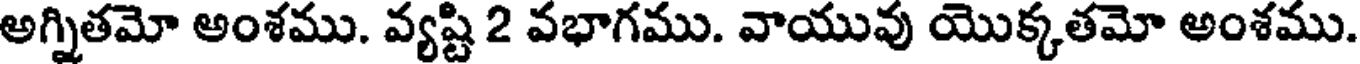
అగ్నితమో అంశము. వ్యష్టి 2 వభాగము. వాయువు యొక్కతమో అంశము.